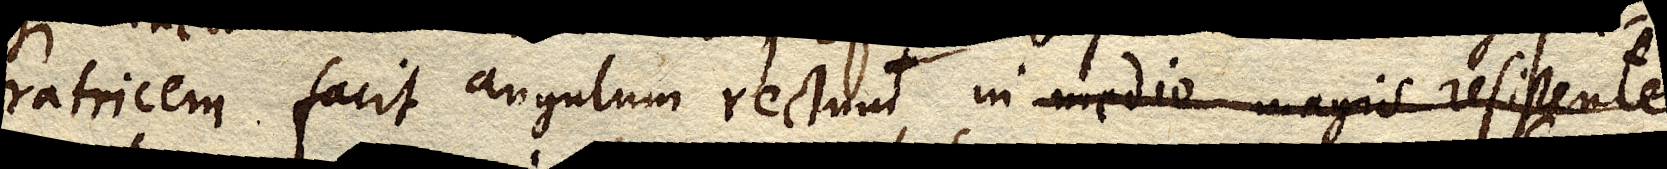
ratricem facit angulum rectum in medio magis resistente